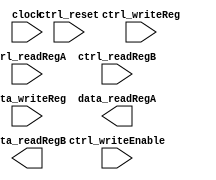
module regfile (
    clock,
    ctrl_writeEnable,
    ctrl_reset, ctrl_writeReg,
    ctrl_readRegA, ctrl_readRegB, data_writeReg,
    data_readRegA, data_readRegB
);

   input clock, ctrl_writeEnable, ctrl_reset;
   input [4:0] ctrl_writeReg, ctrl_readRegA, ctrl_readRegB;
   input [31:0] data_writeReg;

   output [31:0] data_readRegA, data_readRegB;

   /* YOUR CODE HERE */

endmodule